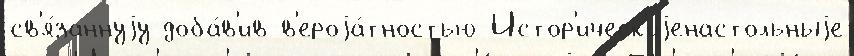
св'я́заннуjу доба́в'ив в'ероjа́тностью Истор'ическ'иjенастольныjе